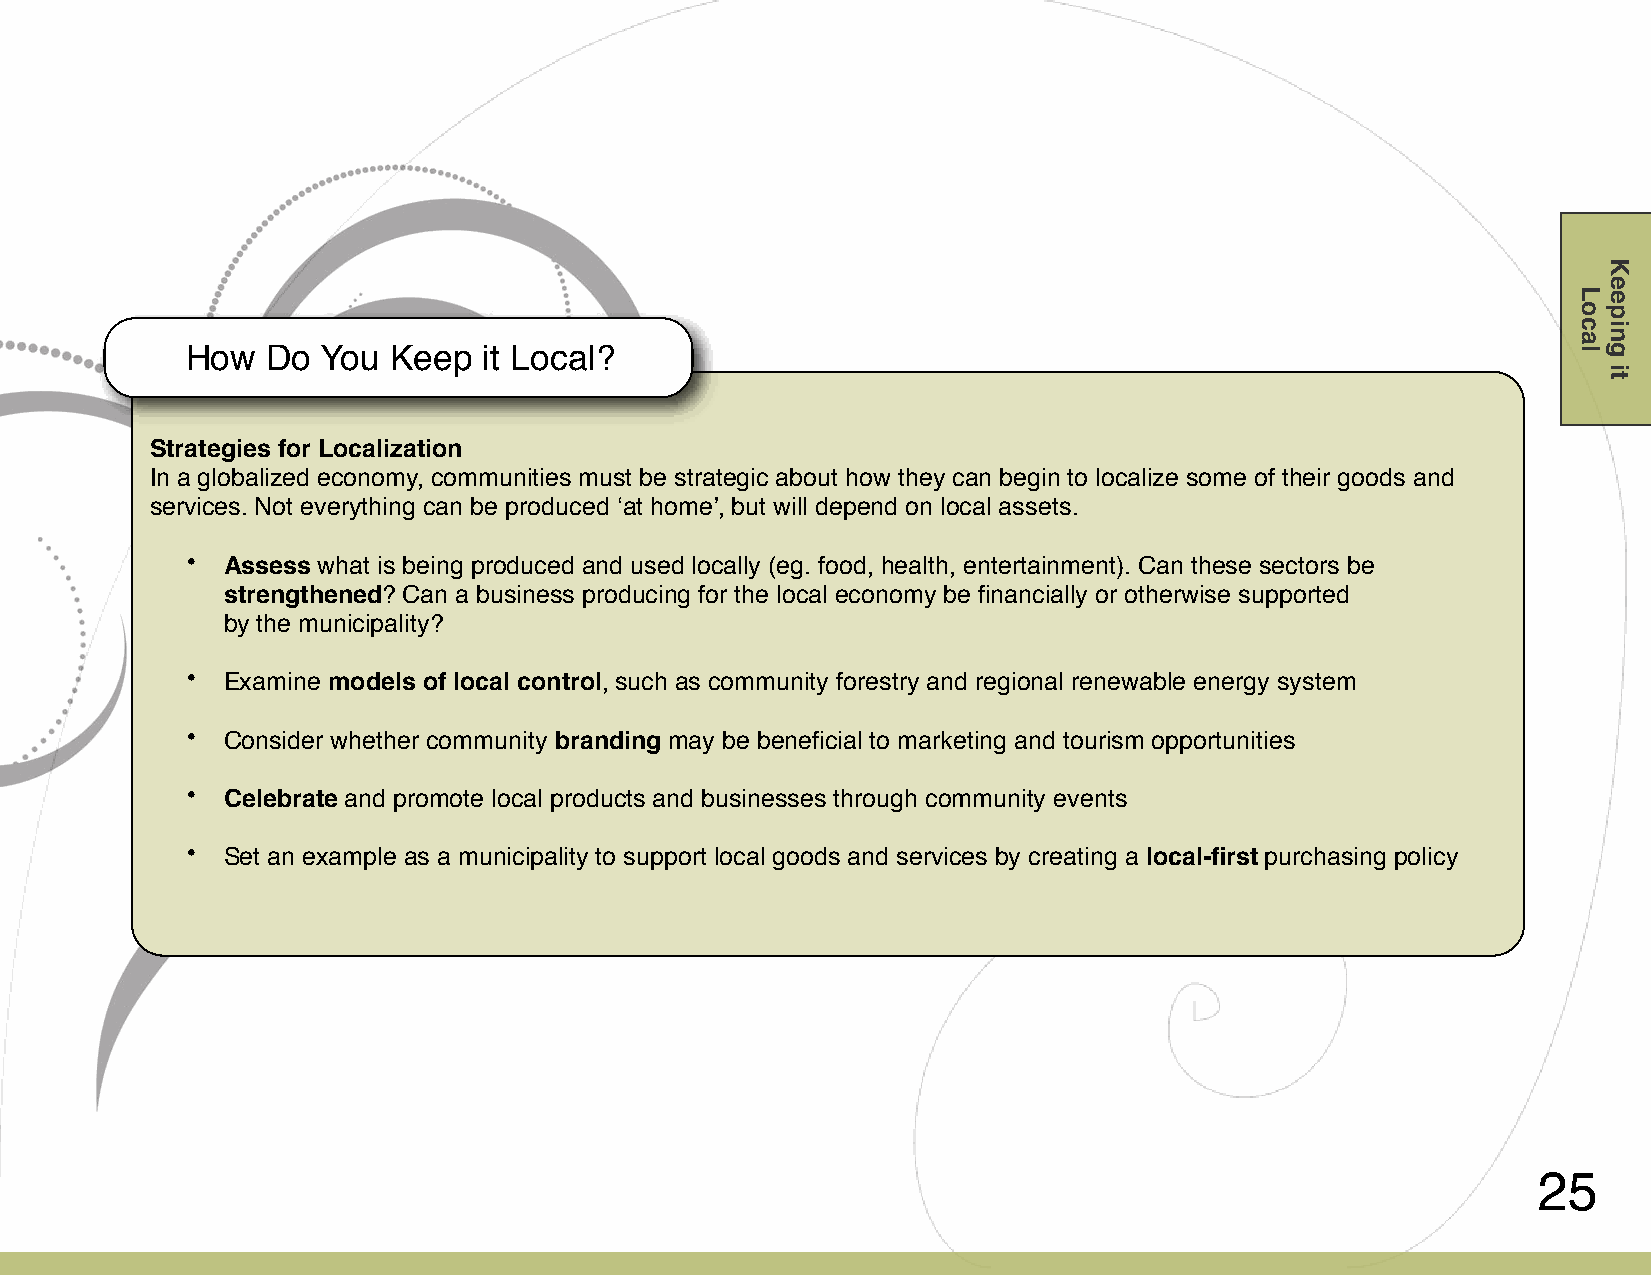
How   Do You  Keep  it Local?
 S trategies for Localization
 In a globalized economy, communities must be strategic about how they can begin to localize some of their goods and
 services. Not everything can be produced ʻat homeʼ, but will depend on local assets.
 •  Assess what is being produced and used locally (eg. food, health, entertainment). Can these sectors be
 strengthened? Can a business producing for the local economy be financially or otherwise supported
 #    by the municipality?
 •  Examine models of local control, such as community forestry and regional renewable energy system
 •  Consider whether community branding may be beneficial to marketing and tourism opportunities
 •  Celebrate and promote local products and businesses through community events
 •  Set an example as a municipality to support local goods and services by creating a local-first purchasing policy
 25
 Local
 Keeping
 it